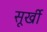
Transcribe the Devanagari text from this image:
सूर्खी